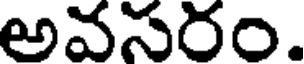
అవసరం.